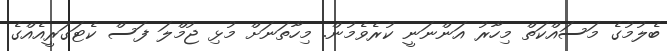
ބެލުމުގެ މަސައްކަތް މިހާރު އަންނަނީ ކުރެވެމުން. މިހާތަނަށް މުޅި ޖުމްލަ ފަސް ކެޓަގަރީއެއްގެ